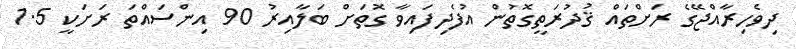
ދިވެހިރާއްޖޭގެ ރަށްތައް ޤުދުރަތީގޮތުން އުފެދިފައިވާ ގޮތަށް ބަލާއިރު 90 އިންސައްތަ ރަށަކީ 1.5